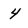
Character: 4